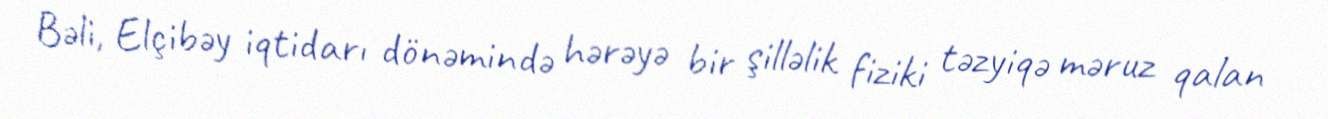
Bəli, Elçibəy iqtidarı dönəmində hərəyə bir şilləlik fiziki təzyiqə məruz qalan